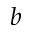
b